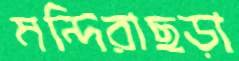
মন্দিরাছড়া